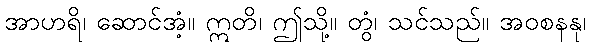
အာဟရိ၊ ဆောင်အံ့။ ဣတိ၊ ဤသို့။ တွံ၊ သင်သည်။ အဝစနနု၊